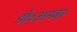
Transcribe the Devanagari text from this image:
डॉ॰अनवर